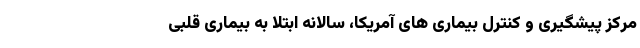
مرکز پیشگیری و کنترل بیماری های آمریکا، سالانه ابتلا به بیماری قلبی